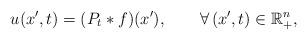
LaTeX: \begin{align*}u(x',t)=(P_t*f)(x'),\qquad\forall\,(x',t)\in{\mathbb{R}}^n_{+},\end{align*}